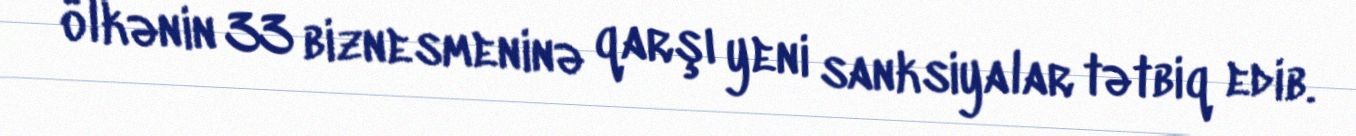
ölkənin 33 biznesmeninə qarşı yeni sanksiyalar tətbiq edib.